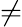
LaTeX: \neq